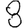
Digit: 8